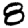
Digit: 8